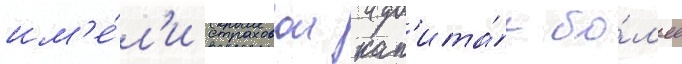
им'е́л'и страховои кап'ита́л бо́л'ее